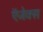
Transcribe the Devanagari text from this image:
ऍजेक्स